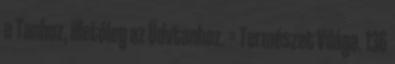
a Tanhoz, illetőleg az Üdvtanhoz. = Természet Világa. 136